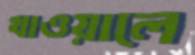
খাওয়ালে